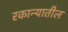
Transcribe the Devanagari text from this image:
रकान्यातील